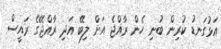
އަޅުގަނޑު ކުރިން ބުނި ހެން ރާއްޖެ އަށް ލިބޭ އަދި ރާއްޖޭގެ ރައީސް